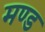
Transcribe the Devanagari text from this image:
मण्ड